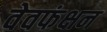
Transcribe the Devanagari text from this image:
वेवफंक्षन